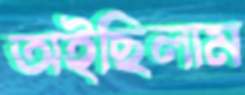
অইছিলাম